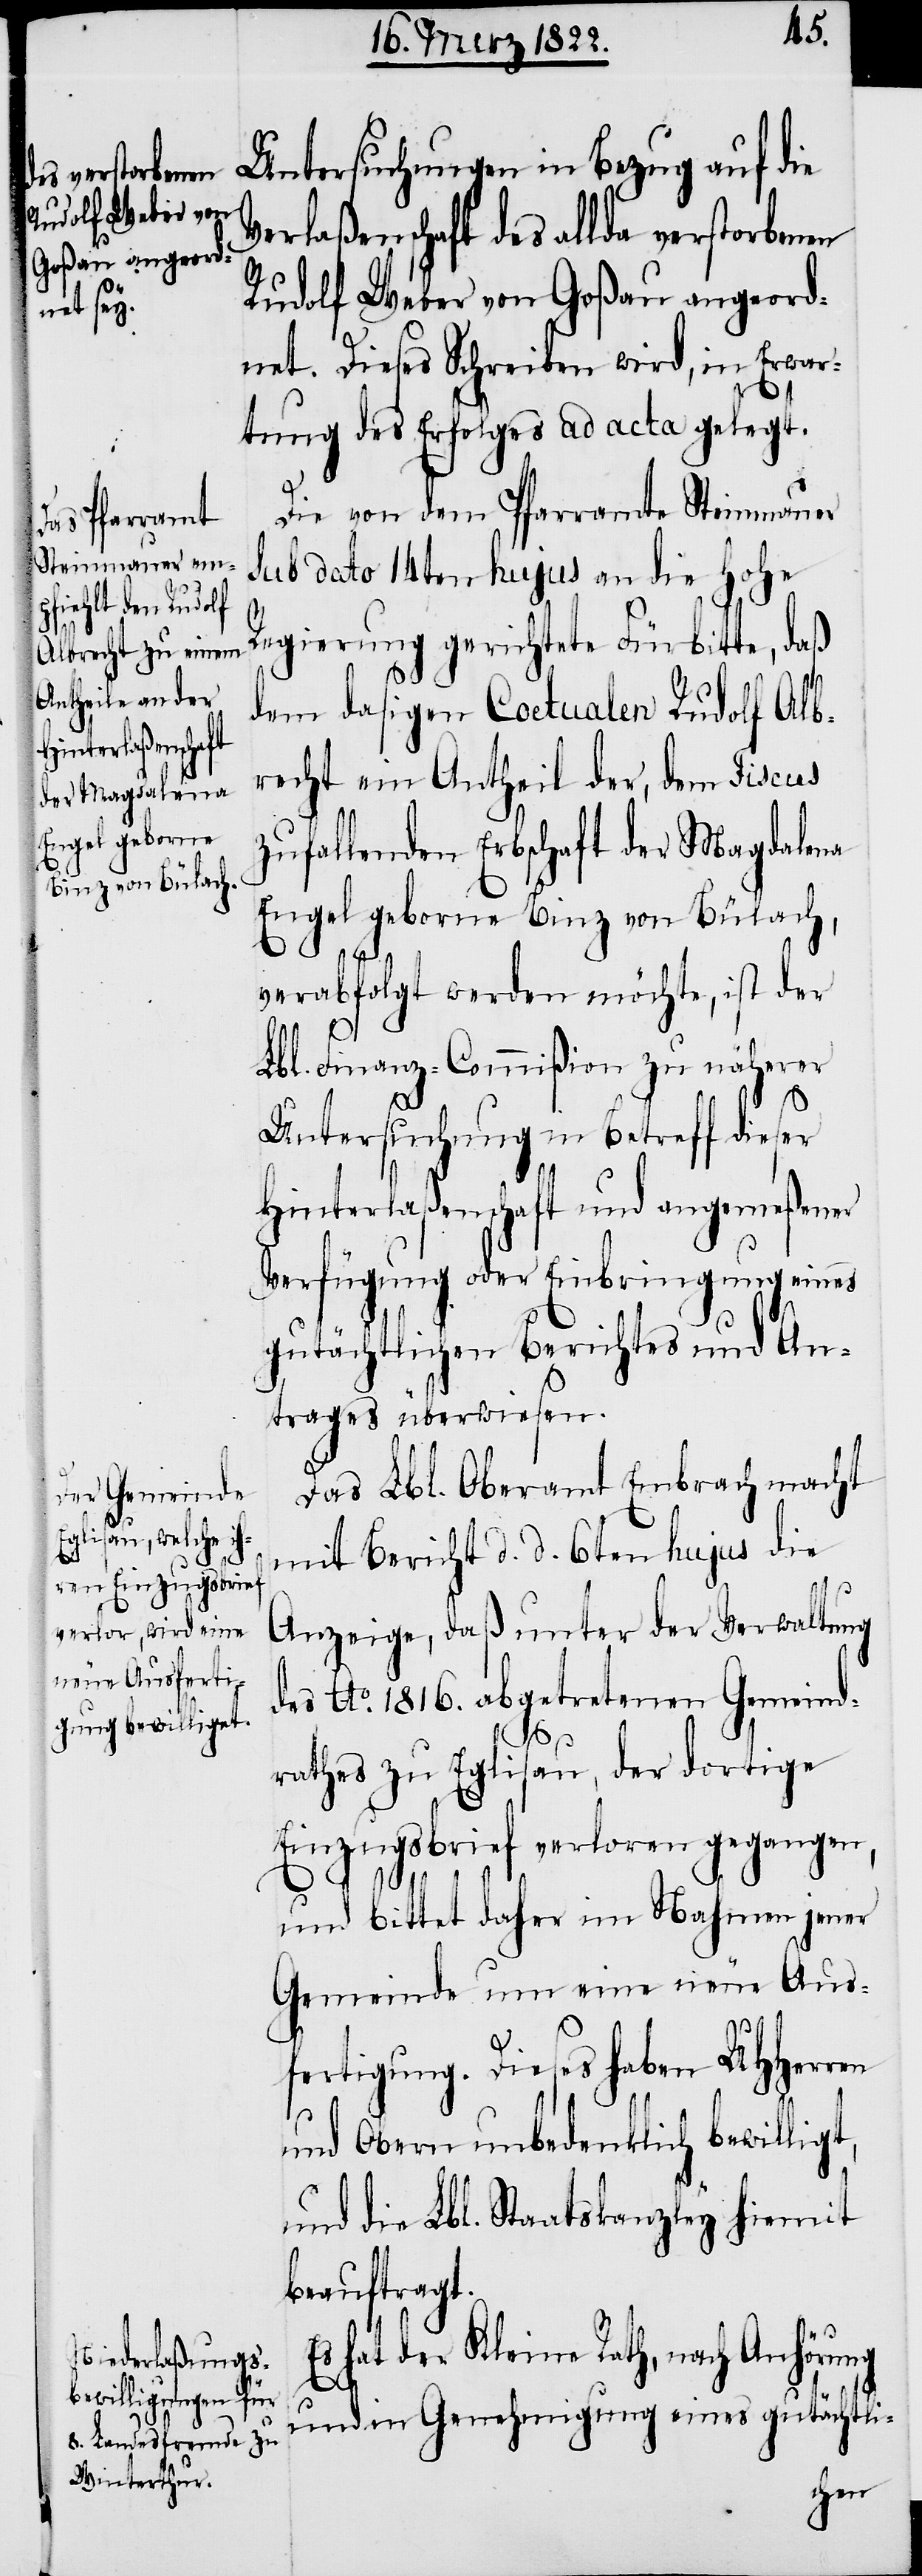
Verlaßenschaft des allda verstorbenen
Rudolf Weber von Goßau angeord¬
net. Dieses Schreiben wird, in Erwar¬
tung des Erfolges ad acta gelegt.
Die von dem Pfarramte Steinmauer
sub dato 14ten hujus an die hohe
Regierung gerichtete Fürbitte, daß
dem dasigen Coetualen Rudolf Alb¬
recht ein Antheil der, dem Fiscus
zufallenden Erbschaft der Magdalena
Engel geborne Binz von Bülach,
E¬
verabfolgt werden möchte, ist der
Lbl. Finanz-Commißion zu näherer
Untersuchung in Betreff dieser
Hinterlaßenschaft und angemeßener
Verfügung oder Einbringung eines
gutächtlichen Berichtes und An¬
trages überwiesen.
Das Lbl. Oberamt Embrach macht
mit Bericht d. d. 6ten hujus die
Anzeige, daß unter der Verwaltung
des Ao. 1816. abgetretenen Gemeind¬
rathes zu Eglisau, der dortige
Einzugsbrief verloren gegangen,
und bittet daher im Nahmen jener
Gemeinde um eine neue Aus¬
fertigung. Dieses haben UHHerren
t,
und Obern unbedenklich bewillig¬
und die Lbl. Staatskanzley hiermit
beauftragt.
s hat der Kleine Rath, nach Anhörung
und in Genehmigung eines gutächtli